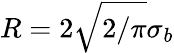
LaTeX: R=2\sqrt{2/\pi}\sigma_{b}